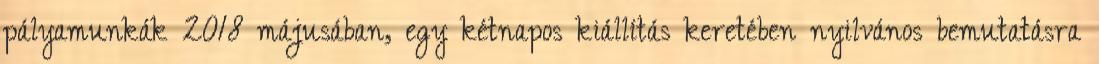
pályamunkák 2018 májusában, egy kétnapos kiállítás keretében nyilvános bemutatásra